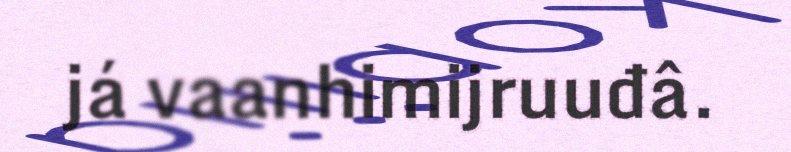
já vaanhimijruuđâ.